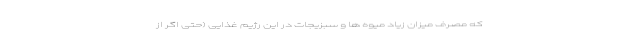
که مصرف میزان زیاد میوه ها و سبزیجات در این رژیم غذایی (حتی اگر از